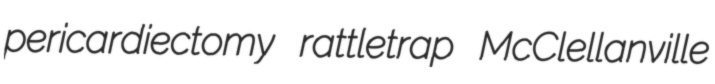
pericardiectomy rattletrap McClellanville